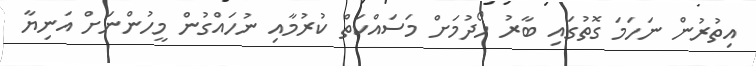
އިތުރުން ނަހަމަ ގޮތުގައި ބާރު ހޯދުމަށް މަސައްކަތް ކުރުމާއި ނުހައްގުން މީހުންނަށް އަނިޔާ